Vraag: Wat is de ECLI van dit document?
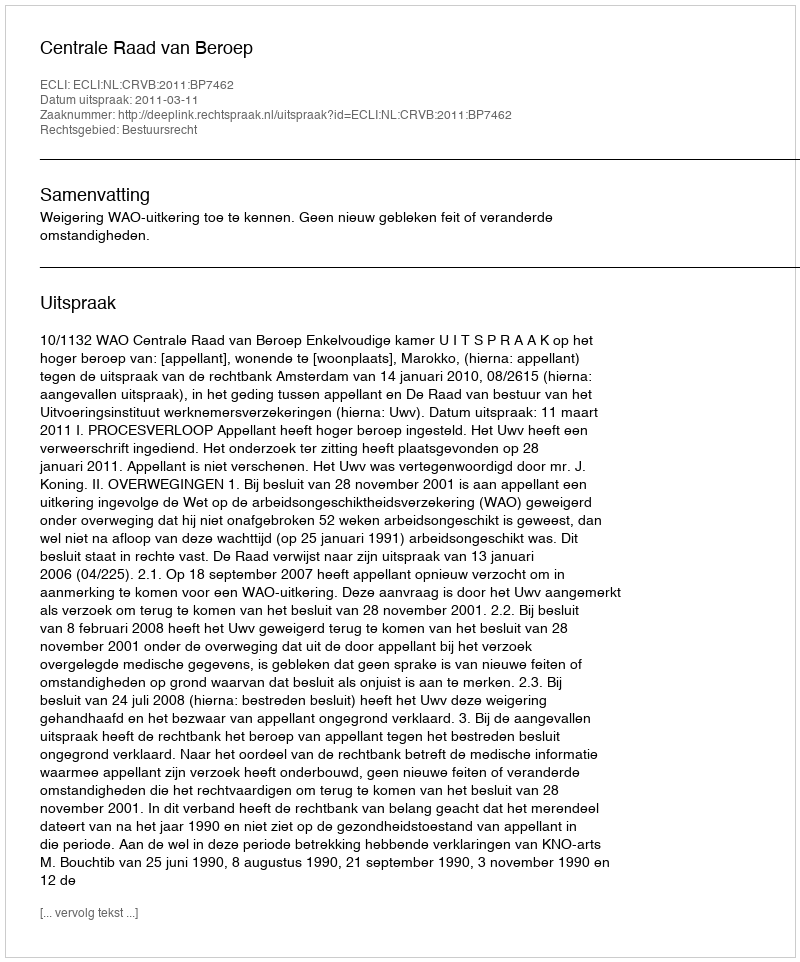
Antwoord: ECLI:NL:CRVB:2011:BP7462